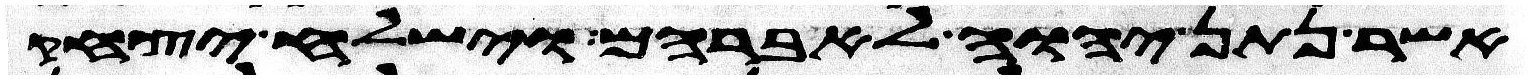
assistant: אשר נתן יהוה לאברהם וישלח יצחק